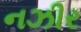
નઝીર